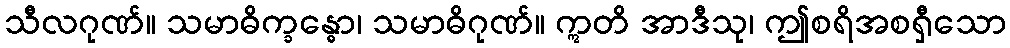
သီလဂုဏ်။ သမာဓိက္ခန္ဓော၊ သမာဓိဂုဏ်။ ဣတိ အာဒီသု၊ ဤစရိအစရှီသော